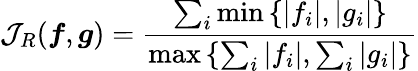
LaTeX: \mathcal{J}_{R}(\boldsymbol{f},\boldsymbol{g})=\frac{\sum_{i}\operatorname*{min}\left\{ |f_{i}|,|g_{i}|\right\} }{\operatorname*{max}\left\{ \sum_{i}|f_{i}|,\sum_{i}|g_{i}|\right\} }